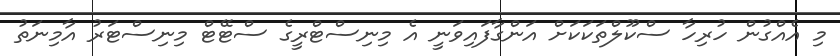
މި އެއްގުން ހުރިހާ ސްކޫލްތަކަކަށް އަންގާފައިވަނީ އެ މިނިސްޓްރީގެ ސްޓޭޓް މިނިސްޓަރު އާމިނަތު